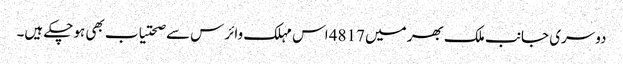
دوسری جانب ملک بھر میں 4817 اس مہلک وائرس سے صحتیاب بھی ہوچکے ہیں۔